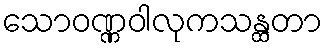
သောဝဏ္ဏဝါလုကသန္ထတာ